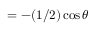
= - ( 1 / 2 ) \cos \theta